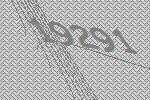
19291